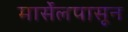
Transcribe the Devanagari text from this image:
मार्सेलपासून